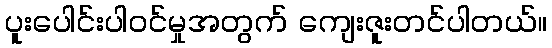
ပူးပေါင်းပါဝင်မှုအတွက် ကျေးဇူးတင်ပါတယ်။